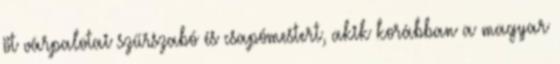
öt várpalotai szűrszabó és csapómestert, akik korábban a magyar